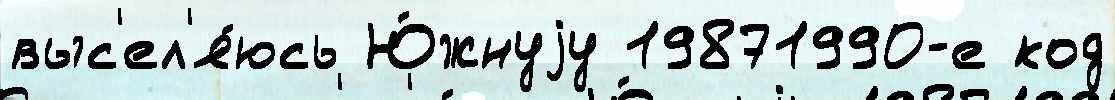
выс'ел'я́юсь Ю́жнуjу 19871990-е код